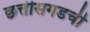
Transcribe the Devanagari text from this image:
छत्तीसगडची